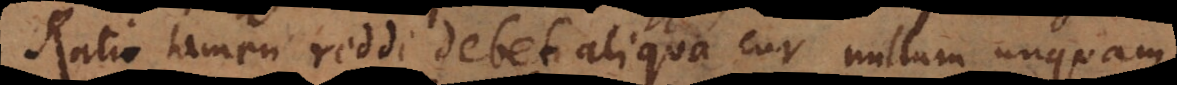
Ratio tamen reddi debet aliqua cur nullum unquam